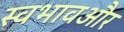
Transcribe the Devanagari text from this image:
स्वभावऔर